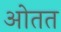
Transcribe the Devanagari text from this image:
ओतत